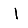
Digit: 1